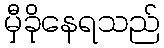
မှီခိုနေရသည်